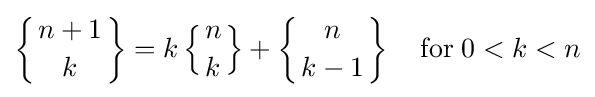
\left\{{n+1 \atop k}\right\}=k\left\{{n \atop k}\right\}+\left\{{n \atop k-1}\right\}\quad {\mbox{for}}\;0<k<n